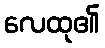
လေထု၏